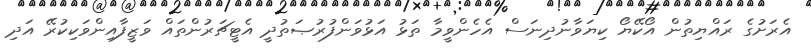
އެރަށުގެ ރައްޔިތުން އޯކޭޔޯ ކިޔަވާނުދިނަސް އެހެންވީމާ ތަޅު އަޅުވަންފުރުޞަތުދީ އެޓީޗަރުންތައް ވަޒީފާއިންވަކިކުރޭ އަދި